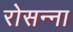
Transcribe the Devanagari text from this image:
रोसन्ना